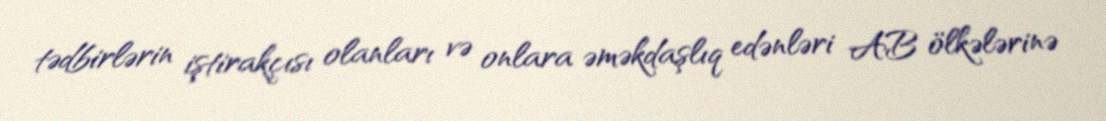
tədbirlərin iştirakçısı olanları və onlara əməkdaşlıq edənləri AB ölkələrinə